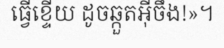
ធ្វើខ្ទើយ ដូចឆ្កួតអ៊ីចឹង!»។